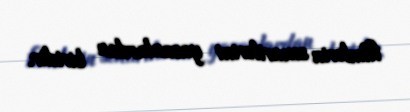
filmlərin senarilərini yazanlardan biridir.